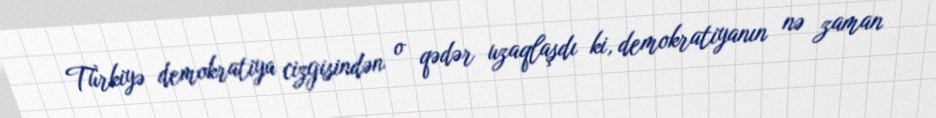
Türkiyə demokratiya cizgisindən o qədər uzaqlaşdı ki, demokratiyanın nə zaman